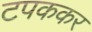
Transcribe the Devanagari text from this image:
टपककर